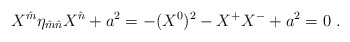
\begin{align*}X^{\hat m}\eta_{\hat m \hat n} X^{\hat n} + a^2 = - (X^0)^2 -X^+ X^-+ a^2 =0\ .\end{align*}